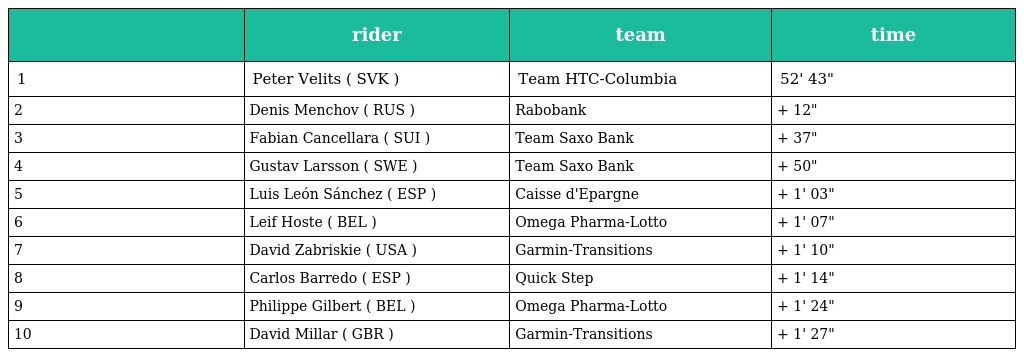
|  | rider | team | time |
 | --- | --- | --- | --- |
 | 1 | Peter Velits ( SVK ) | Team HTC-Columbia | 52' 43" |
 | 2 | Denis Menchov ( RUS ) | Rabobank | + 12" |
 | 3 | Fabian Cancellara ( SUI ) | Team Saxo Bank | + 37" |
 | 4 | Gustav Larsson ( SWE ) | Team Saxo Bank | + 50" |
 | 5 | Luis León Sánchez ( ESP ) | Caisse d'Epargne | + 1' 03" |
 | 6 | Leif Hoste ( BEL ) | Omega Pharma-Lotto | + 1' 07" |
 | 7 | David Zabriskie ( USA ) | Garmin-Transitions | + 1' 10" |
 | 8 | Carlos Barredo ( ESP ) | Quick Step | + 1' 14" |
 | 9 | Philippe Gilbert ( BEL ) | Omega Pharma-Lotto | + 1' 24" |
 | 10 | David Millar ( GBR ) | Garmin-Transitions | + 1' 27" |